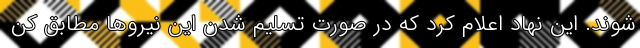
شوند. این نهاد اعلام کرد که در صورت تسلیم شدن این نیروها مطابق کن